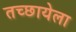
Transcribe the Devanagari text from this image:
तच्छायेला